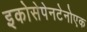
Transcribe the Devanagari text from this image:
इकोसेपेनटेनोएक